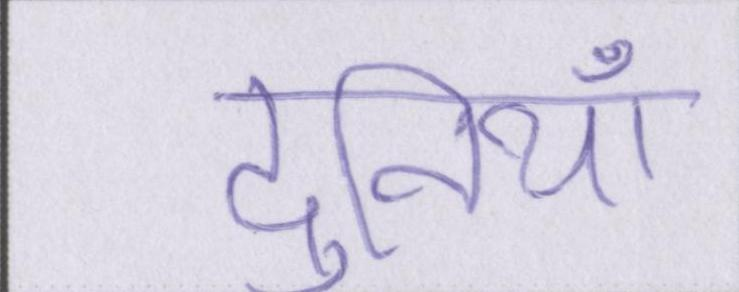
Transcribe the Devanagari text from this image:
दुनियाँ